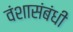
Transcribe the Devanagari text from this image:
वंशासंबंधी